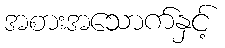
အစားအသောက်နှင့်